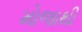
મોજાથી